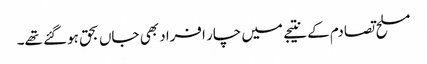
مسلح تصادم کے نتیجے میں چار افراد بھی جاں بحق ہوگئے تھے۔